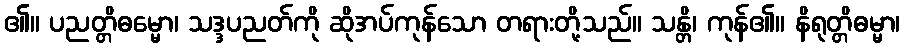
၏။ ပညတ္တိဓမ္မော၊ သဒ္ဒပညတ်ကို ဆိုအပ်ကုန်သော တရားတို့သည်။ သန္တိ၊ ကုန်၏။ နိရုတ္တိဓမ္မာ၊